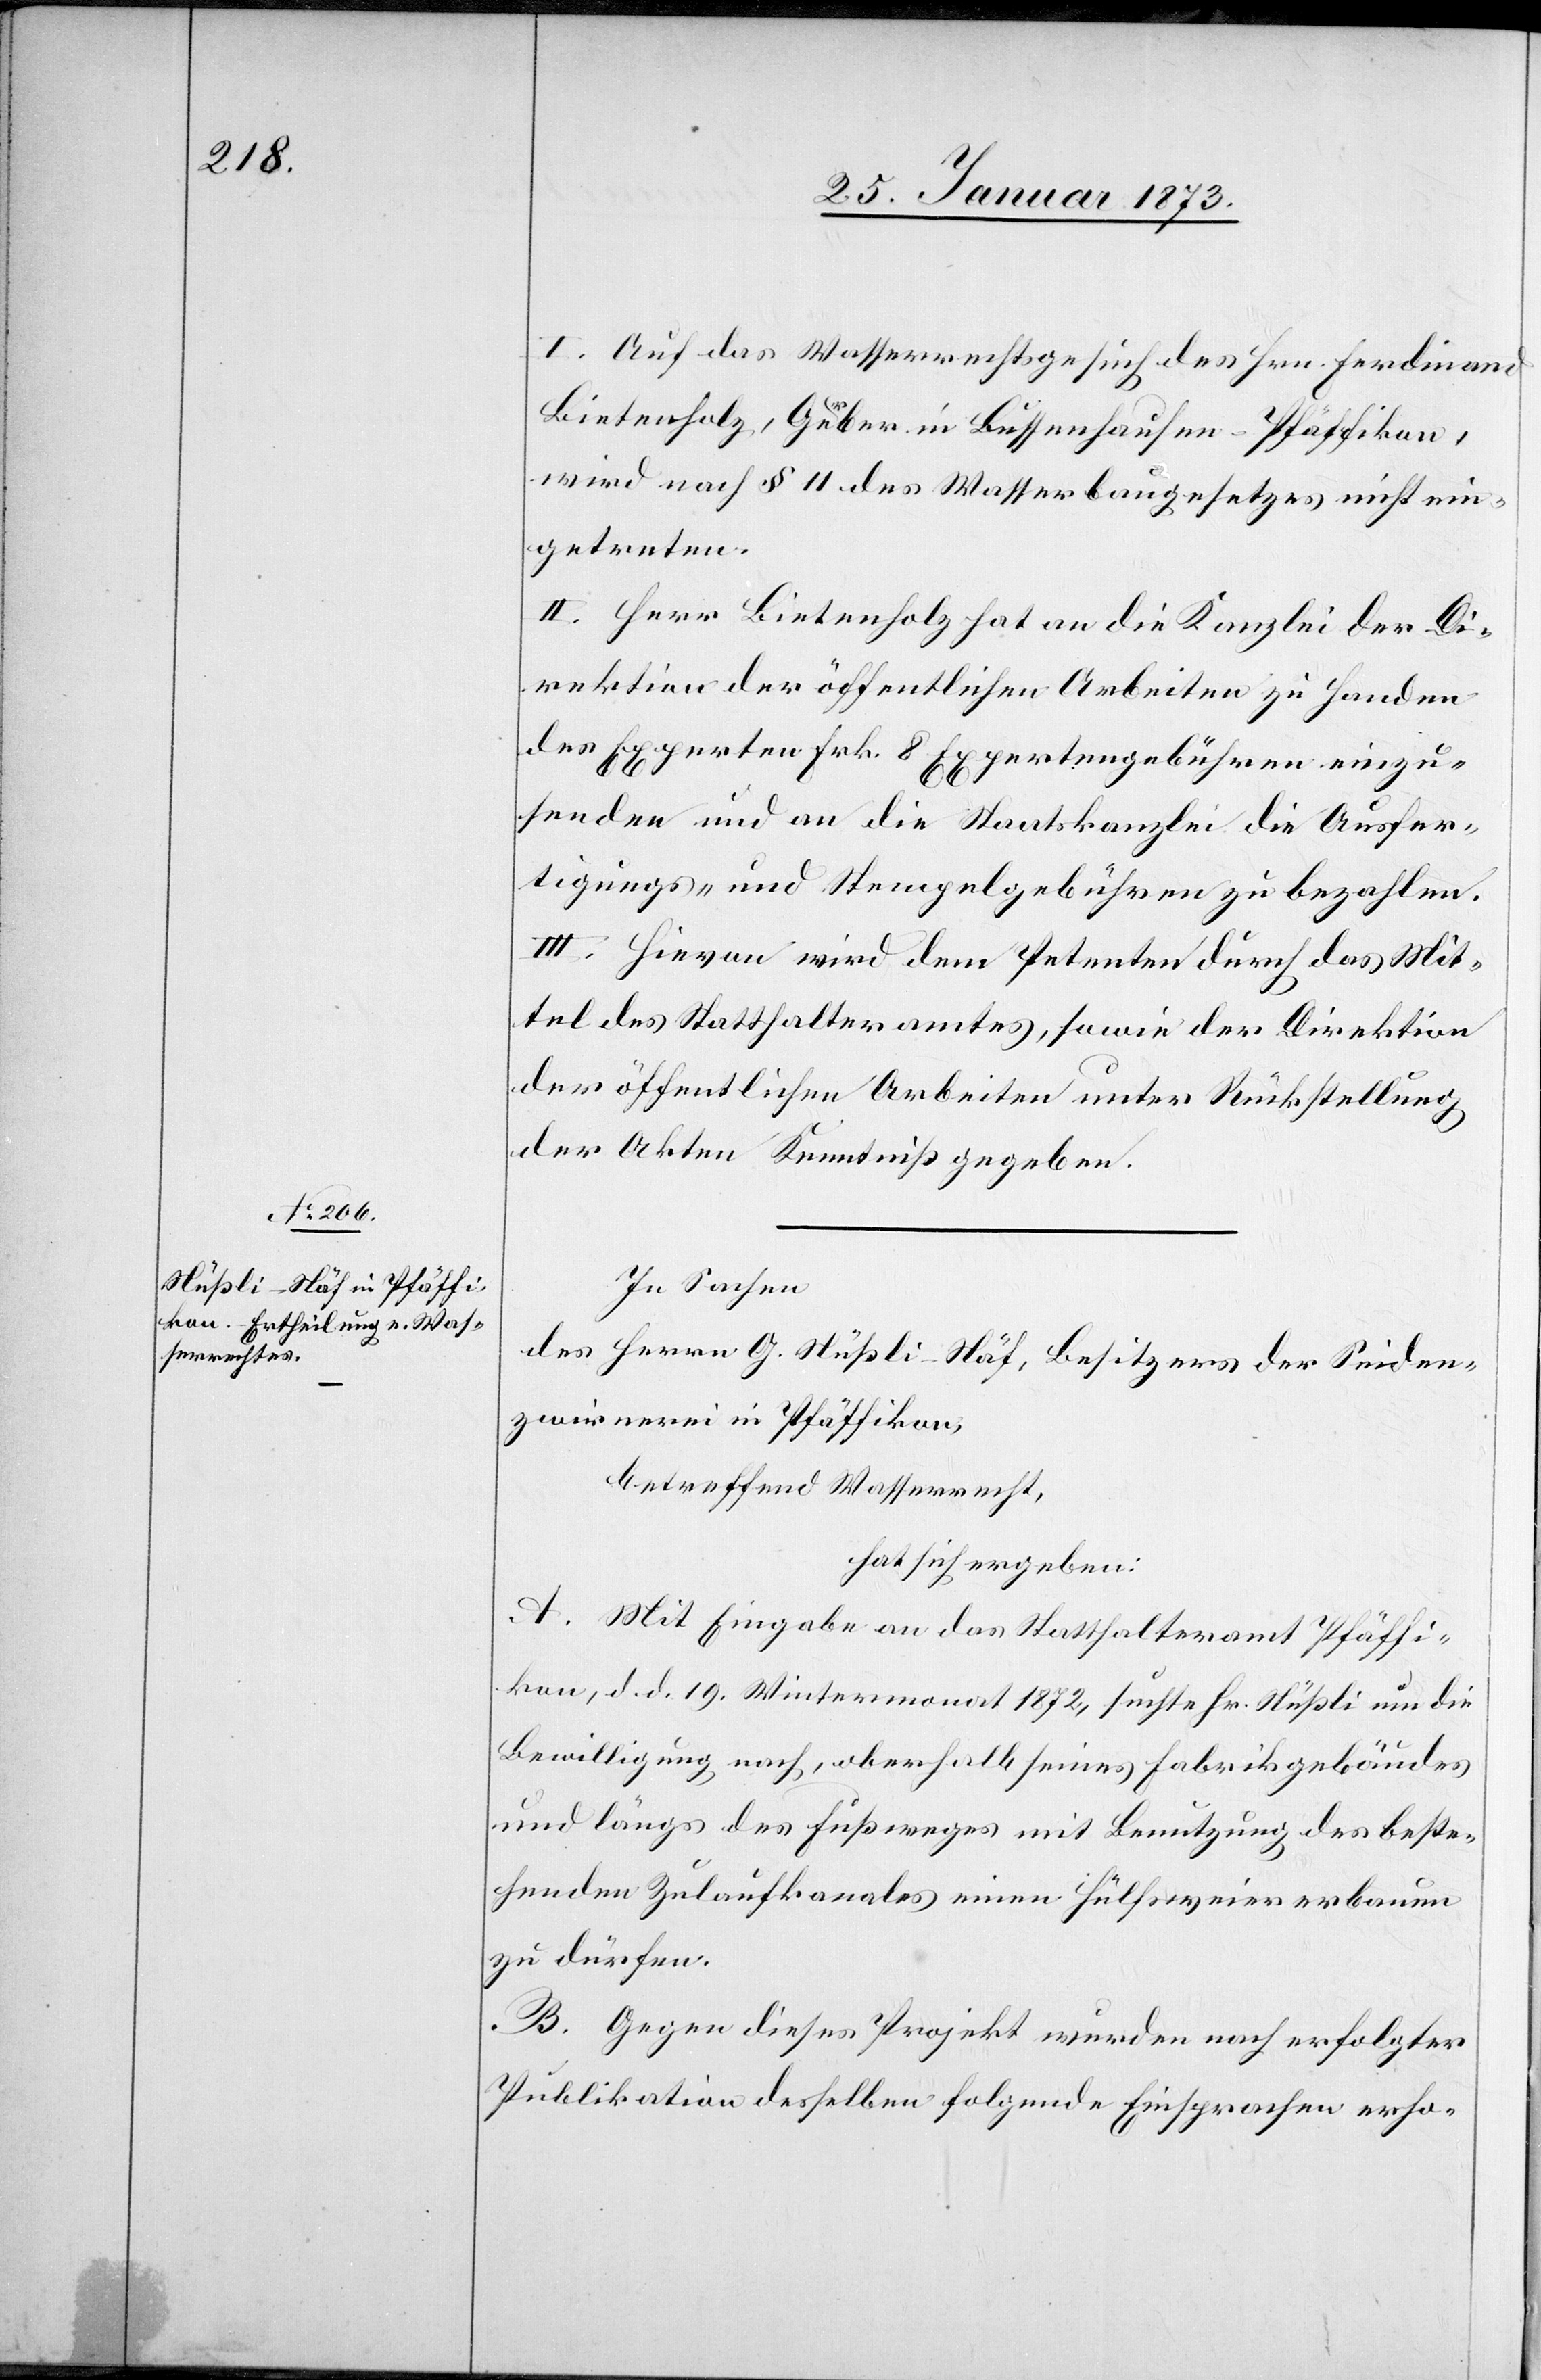
I. Auf das Wasserrechtsgesuch des Hrn. Ferdinand
Bietenholz, Gerber in Bussenhausen-Pfäffikon,
wird nach § 11 des Wasserbaugesetzes nicht ein¬
getreten.
II. Herr Bietenholz hat an die Kanzlei der Di¬
rektion der öffentlichen Arbeiten zu Handen
des Experten Frk. 8 Expertengebühren einzu¬
senden und an die Staatskanzlei die Ausfer¬
tigungs- und Stempelgebühren zu bezahlen.
III. Hievon wird dem Petenten durch das Mit¬
tel des Statthalteramtes, sowie der Direktion
der öffentlichen Arbeiten unter Rückstellung
der Akten Kenntniß gegeben.
In Sachen
des Herrn G. Stüßli-Näf, Besitzer der Seiden¬
zwirnerei in Pfäffikon,
betreffend Wasserrecht,
hat sich ergeben:
A. Mit Eingabe an das Statthalteramt Pfäffi¬
kon, d. d. 19. Wintermonat 1872, suchte Hr. Stüßli um die
Bewilligung nach, oberhalb seines Fabrikgebäudes
und längs des Fußweges mit Benutzung des beste¬
henden Zulaufkanales einen Hülfsweier erbauen
zu dürfen.
B. Gegen dieses Projekt wurden nach erfolgter
Publikation desselben folgende Einsprachen erho-